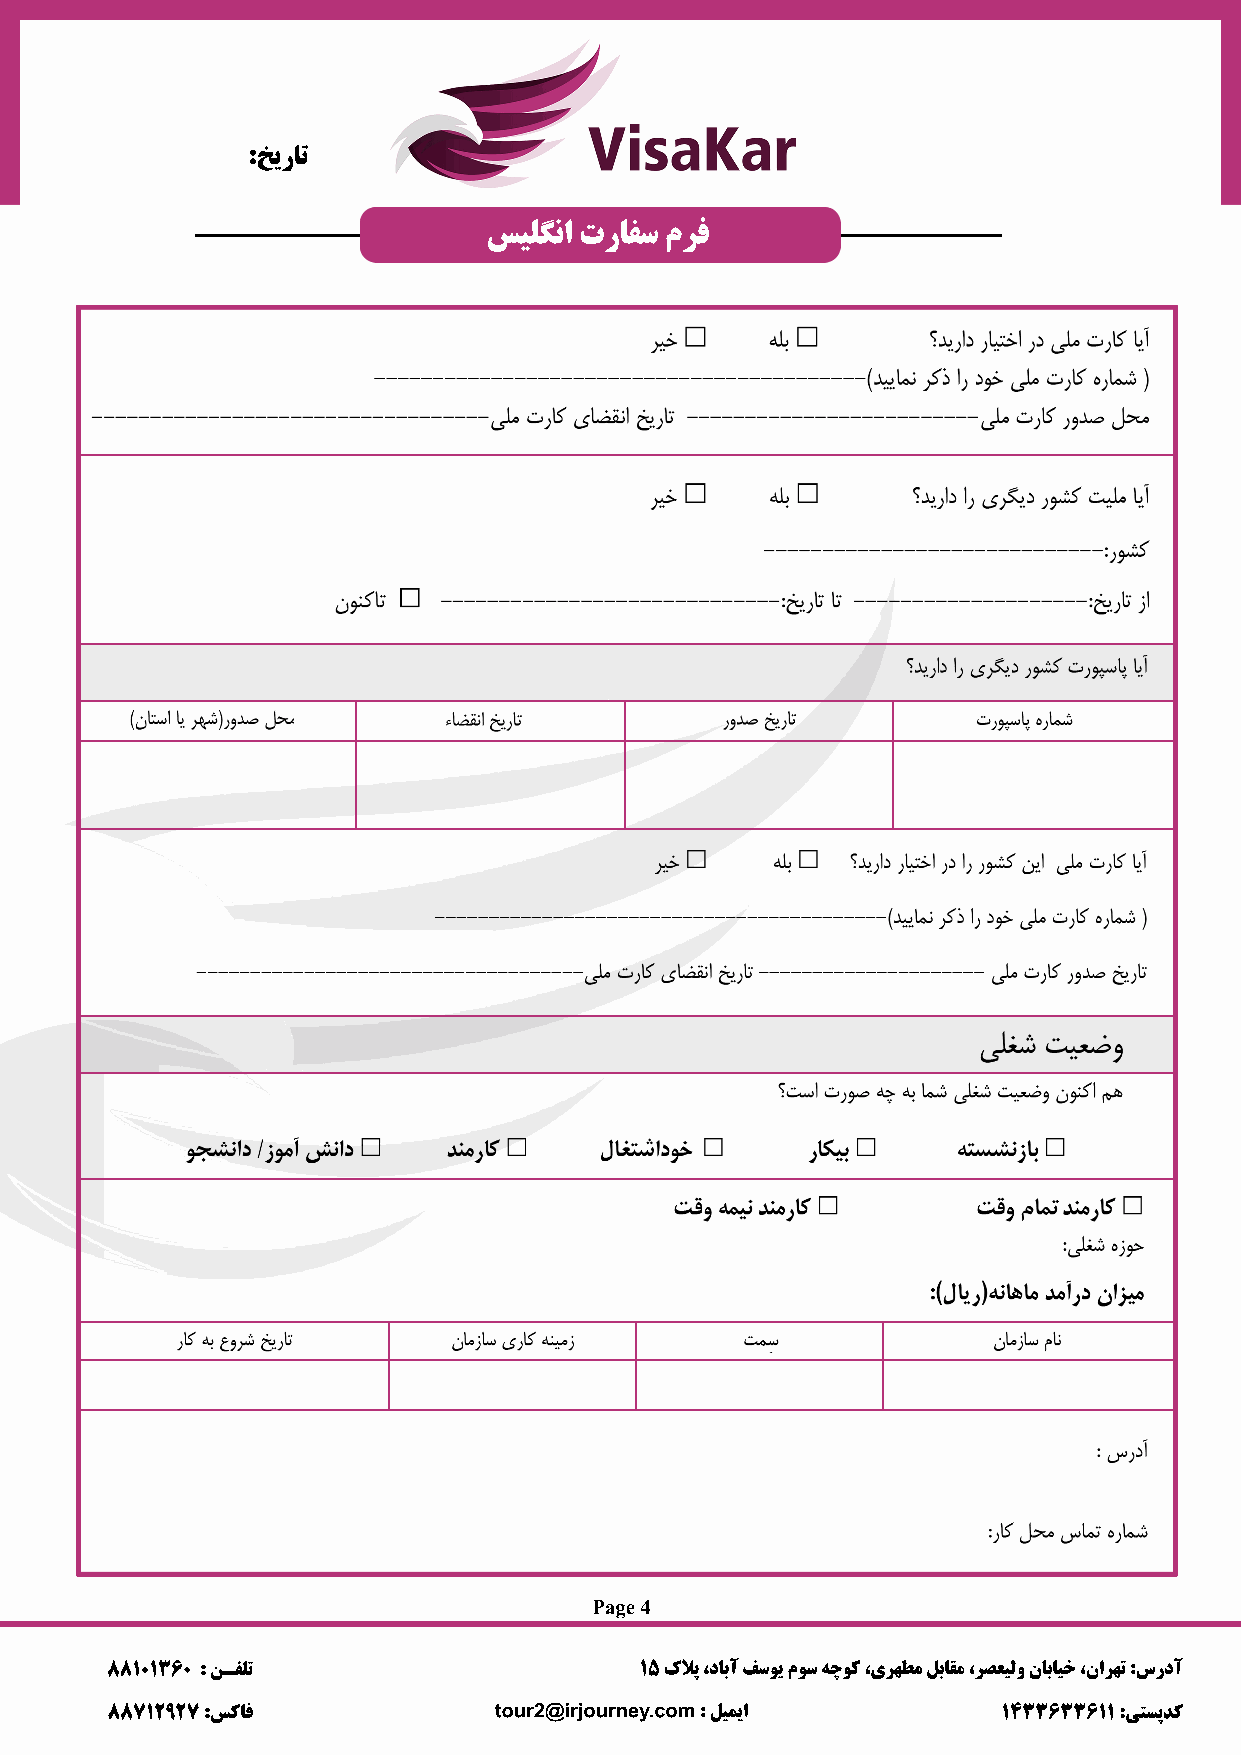
:ﺦﯾرﺎﺗ
 ﺲﯿﻠﮕﻧا ترﺎﻔﺳ مﺮﻓ
 Page 4
 88101360 : ﻦـﻔﻠﺗ                   15 كﻼﭘ ،دﺎﺑآ ﻒﺳﻮﯾ مﻮﺳ ﻪﭼﻮﮐ ،ىﺮﻬﻄﻣ ﻞﺑﺎﻘﻣ ،ﺮﺼﻌﯿﻟو نﺎﺑﺎﯿﺧ ،ناﺮﻬﺗ :سردآ
 88712927 :ﺲﮐﺎﻓ            tour2@irjourney.com : ﻞﯿﻤﯾا      1433633611 :ﻰﺘﺴﭘﺪﮐ